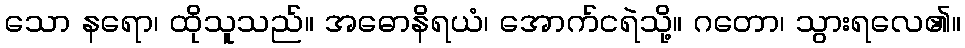
သော နရော၊ ထိုသူသည်။ အဓောနိရယံ၊ အောက်ငရဲသို့။ ဂတော၊ သွားရလေ၏။